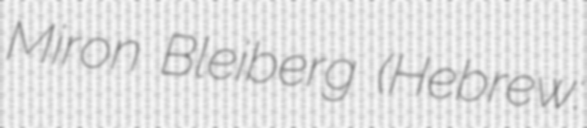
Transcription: Miron Bleiberg (Hebrew: